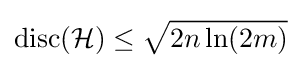
\operatorname {disc} ({\mathcal {H}})\leq {\sqrt {2n\ln(2m)}}